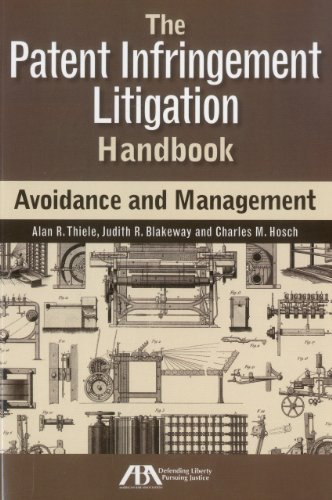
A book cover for The Patent Infringement Litigation Handbook: Avoidance and Management; Alan R. Thiele; Law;